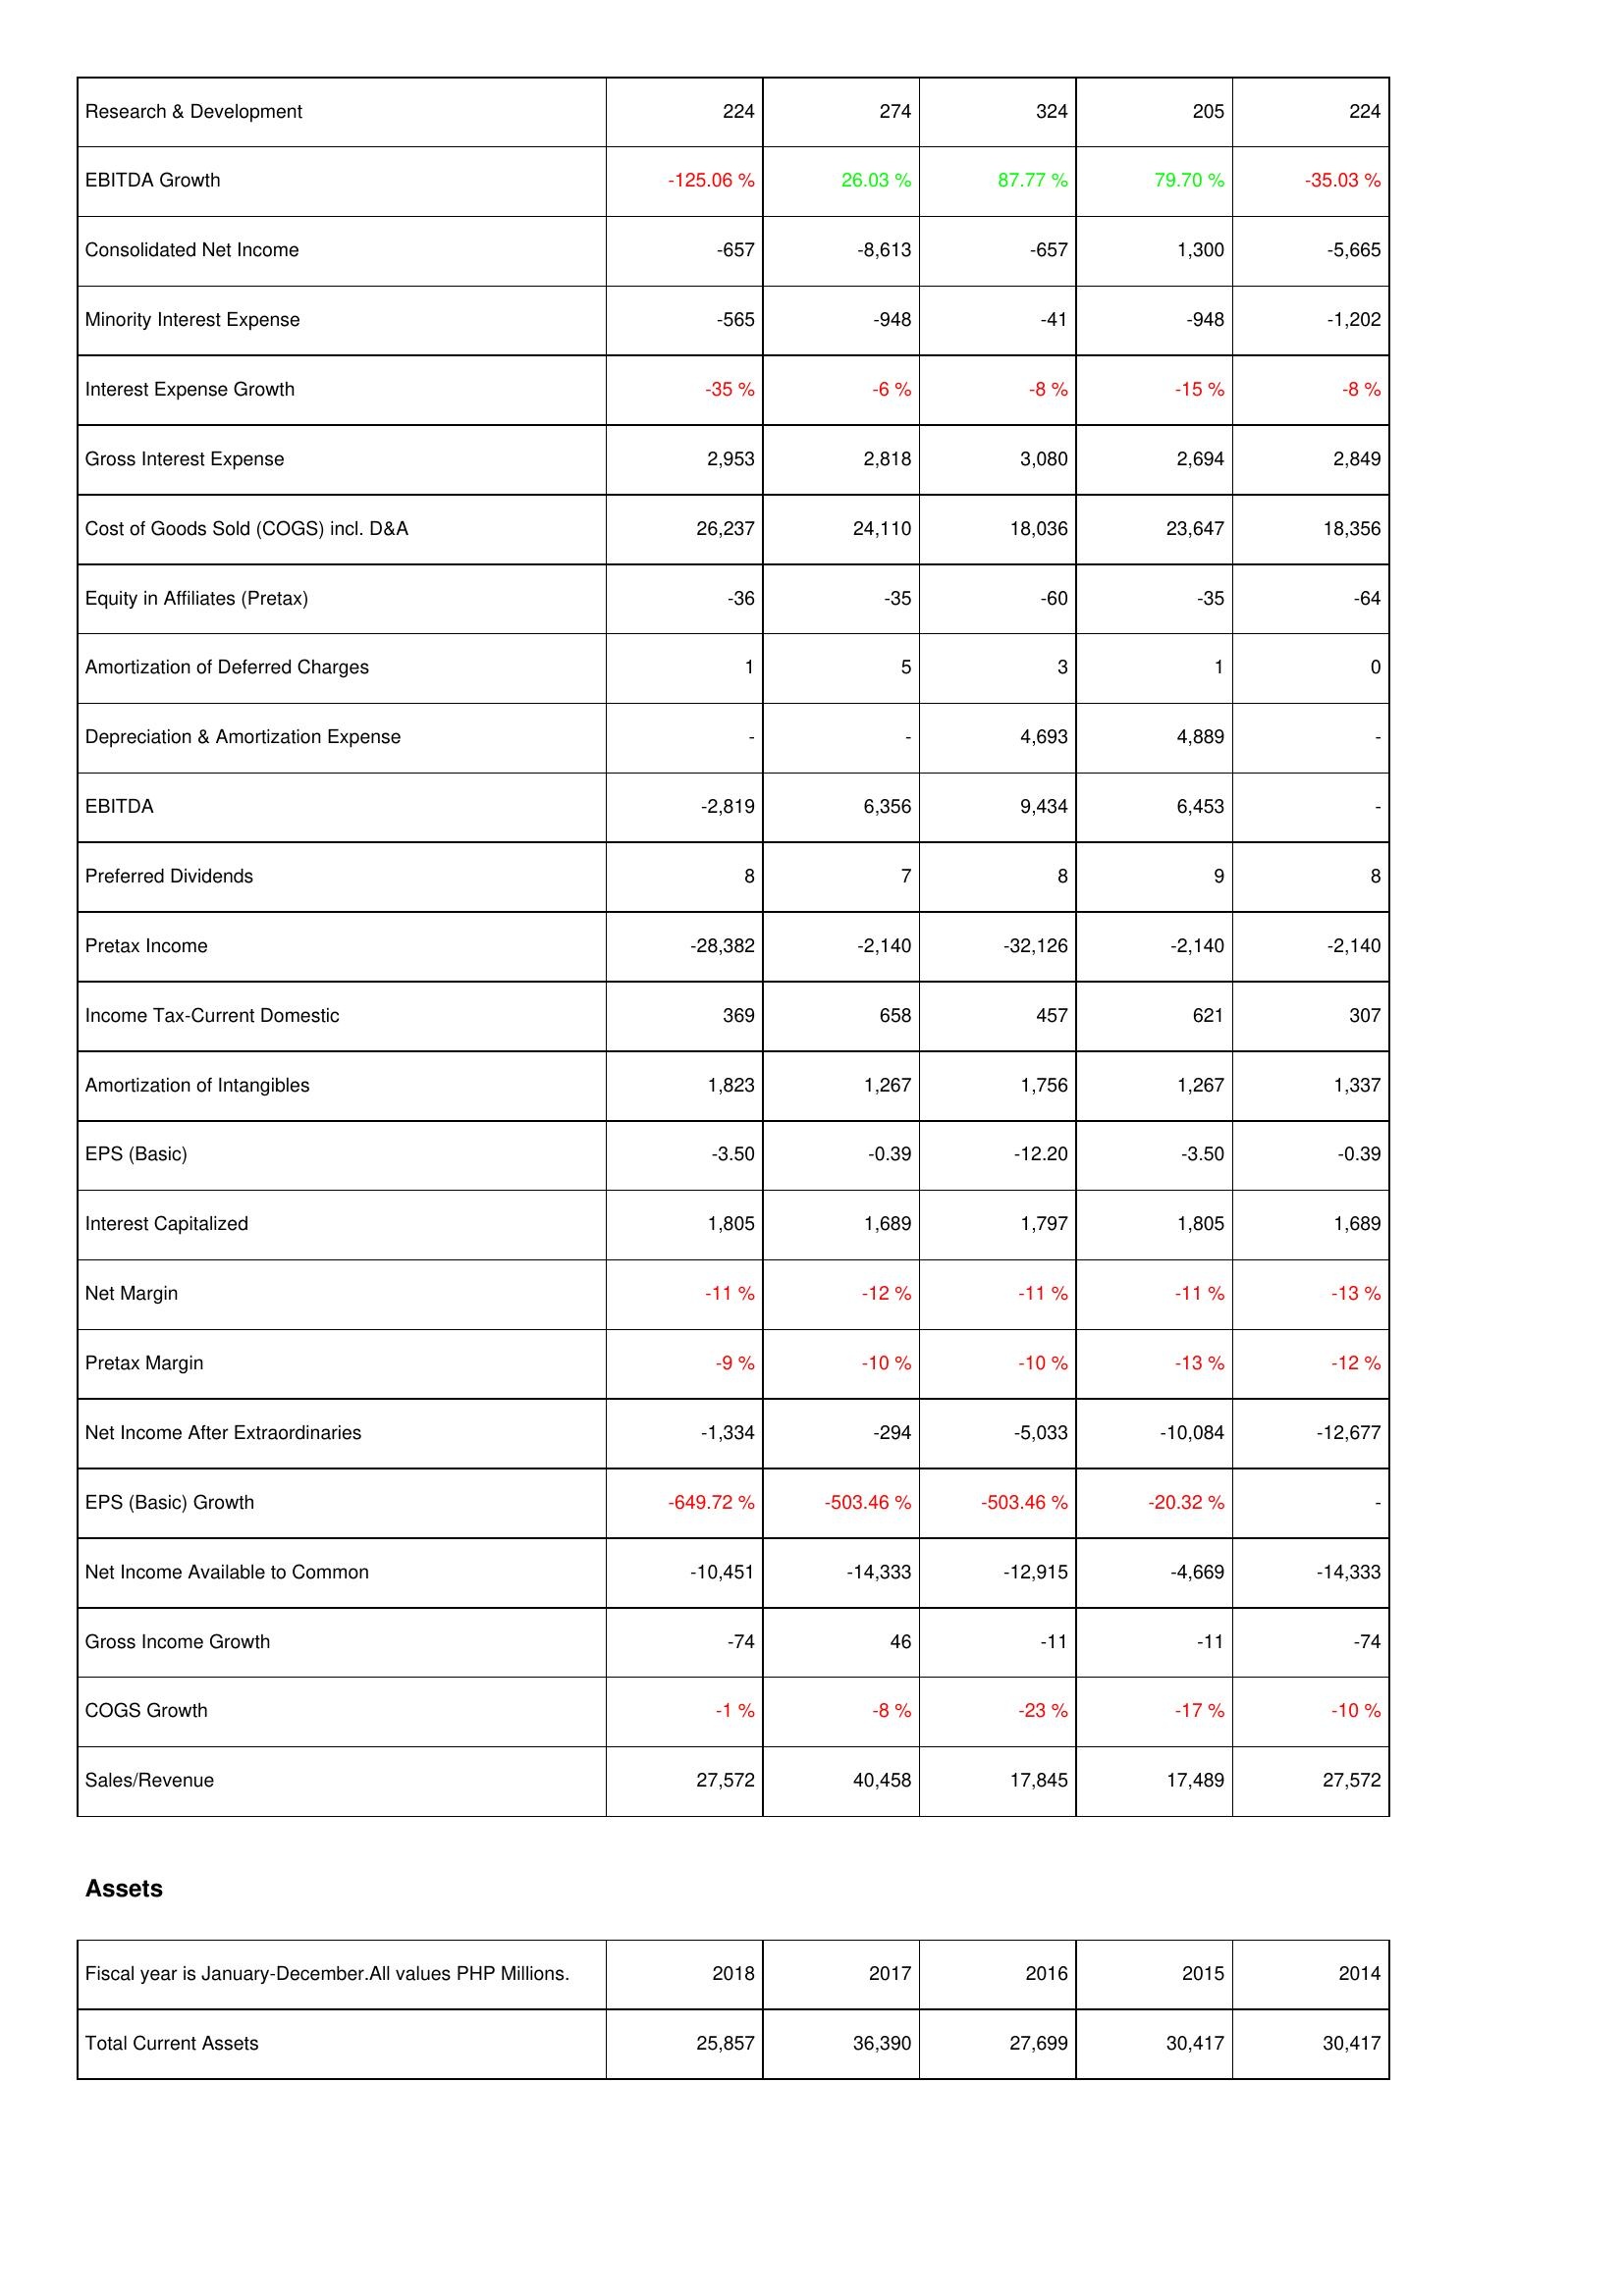
2018: Income Statement: Research & Development: 224
EBITDA Growth: -125.06 %
Consolidated Net Income: -657
Minority Interest Expense: -565
Interest Expense Growth: -35 %
Gross Interest Expense: 2,953
Cost of Goods Sold (COGS) incl. D&A: 26,237
Equity in Affiliates (Pretax): -36
Amortization of Deferred Charges: 1
Depreciation & Amortization Expense: -
EBITDA: -2,819
Preferred Dividends: 8
Pretax Income: -28,382
Income Tax-Current Domestic: 369
Amortization of Intangibles: 1,823
EPS (Basic): -3.50
Interest Capitalized: 1,805
Net Margin: -11 %
Pretax Margin: -9 %
Net Income After Extraordinaries: -1,334
EPS (Basic) Growth: -649.72 %
Net Income Available to Common: -10,451
Gross Income Growth: -74
COGS Growth: -1 %
Sales/Revenue: 27,572
Assets: Total Current Assets: 25,857
2017: Income Statement: Research & Development: 274
EBITDA Growth: 26.03 %
Consolidated Net Income: -8,613
Minority Interest Expense: -948
Interest Expense Growth: -6 %
Gross Interest Expense: 2,818
Cost of Goods Sold (COGS) incl. D&A: 24,110
Equity in Affiliates (Pretax): -35
Amortization of Deferred Charges: 5
Depreciation & Amortization Expense: -
EBITDA: 6,356
Preferred Dividends: 7
Pretax Income: -2,140
Income Tax-Current Domestic: 658
Amortization of Intangibles: 1,267
EPS (Basic): -0.39
Interest Capitalized: 1,689
Net Margin: -12 %
Pretax Margin: -10 %
Net Income After Extraordinaries: -294
EPS (Basic) Growth: -503.46 %
Net Income Available to Common: -14,333
Gross Income Growth: 46
COGS Growth: -8 %
Sales/Revenue: 40,458
Assets: Total Current Assets: 36,390
2016: Income Statement: Research & Development: 324
EBITDA Growth: 87.77 %
Consolidated Net Income: -657
Minority Interest Expense: -41
Interest Expense Growth: -8 %
Gross Interest Expense: 3,080
Cost of Goods Sold (COGS) incl. D&A: 18,036
Equity in Affiliates (Pretax): -60
Amortization of Deferred Charges: 3
Depreciation & Amortization Expense: 4,693
EBITDA: 9,434
Preferred Dividends: 8
Pretax Income: -32,126
Income Tax-Current Domestic: 457
Amortization of Intangibles: 1,756
EPS (Basic): -12.20
Interest Capitalized: 1,797
Net Margin: -11 %
Pretax Margin: -10 %
Net Income After Extraordinaries: -5,033
EPS (Basic) Growth: -503.46 %
Net Income Available to Common: -12,915
Gross Income Growth: -11
COGS Growth: -23 %
Sales/Revenue: 17,845
Assets: Total Current Assets: 27,699
2015: Income Statement: Research & Development: 205
EBITDA Growth: 79.70 %
Consolidated Net Income: 1,300
Minority Interest Expense: -948
Interest Expense Growth: -15 %
Gross Interest Expense: 2,694
Cost of Goods Sold (COGS) incl. D&A: 23,647
Equity in Affiliates (Pretax): -35
Amortization of Deferred Charges: 1
Depreciation & Amortization Expense: 4,889
EBITDA: 6,453
Preferred Dividends: 9
Pretax Income: -2,140
Income Tax-Current Domestic: 621
Amortization of Intangibles: 1,267
EPS (Basic): -3.50
Interest Capitalized: 1,805
Net Margin: -11 %
Pretax Margin: -13 %
Net Income After Extraordinaries: -10,084
EPS (Basic) Growth: -20.32 %
Net Income Available to Common: -4,669
Gross Income Growth: -11
COGS Growth: -17 %
Sales/Revenue: 17,489
Assets: Total Current Assets: 30,417
2014: Income Statement: Research & Development: 224
EBITDA Growth: -35.03 %
Consolidated Net Income: -5,665
Minority Interest Expense: -1,202
Interest Expense Growth: -8 %
Gross Interest Expense: 2,849
Cost of Goods Sold (COGS) incl. D&A: 18,356
Equity in Affiliates (Pretax): -64
Amortization of Deferred Charges: 0
Depreciation & Amortization Expense: -
EBITDA: -
Preferred Dividends: 8
Pretax Income: -2,140
Income Tax-Current Domestic: 307
Amortization of Intangibles: 1,337
EPS (Basic): -0.39
Interest Capitalized: 1,689
Net Margin: -13 %
Pretax Margin: -12 %
Net Income After Extraordinaries: -12,677
EPS (Basic) Growth: -
Net Income Available to Common: -14,333
Gross Income Growth: -74
COGS Growth: -10 %
Sales/Revenue: 27,572
Assets: Total Current Assets: 30,417